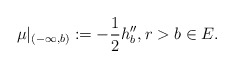
\begin{align*}\mu|_{(-\infty, b)}:=-\frac{1}{2}h''_b, r>b\in E. \end{align*}